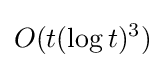
O(t(\log t)^{3})